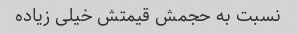
نسبت به حجمش قیمتش خیلی زیاده